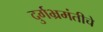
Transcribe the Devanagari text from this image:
दुर्गभ्रमंतीचे